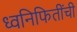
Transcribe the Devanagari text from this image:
ध्वनिफितींची